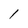
Character: l